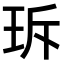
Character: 𤤐